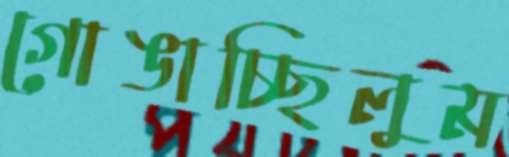
গোঙাচ্ছিলুম